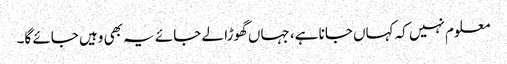
معلوم نہیں کہ کہاں جانا ہے، جہاں گھوڑا لے جائے یہ بھی وہیں جائے گا۔